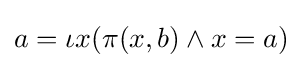
a=\iota x(\pi (x,b)\land x=a)